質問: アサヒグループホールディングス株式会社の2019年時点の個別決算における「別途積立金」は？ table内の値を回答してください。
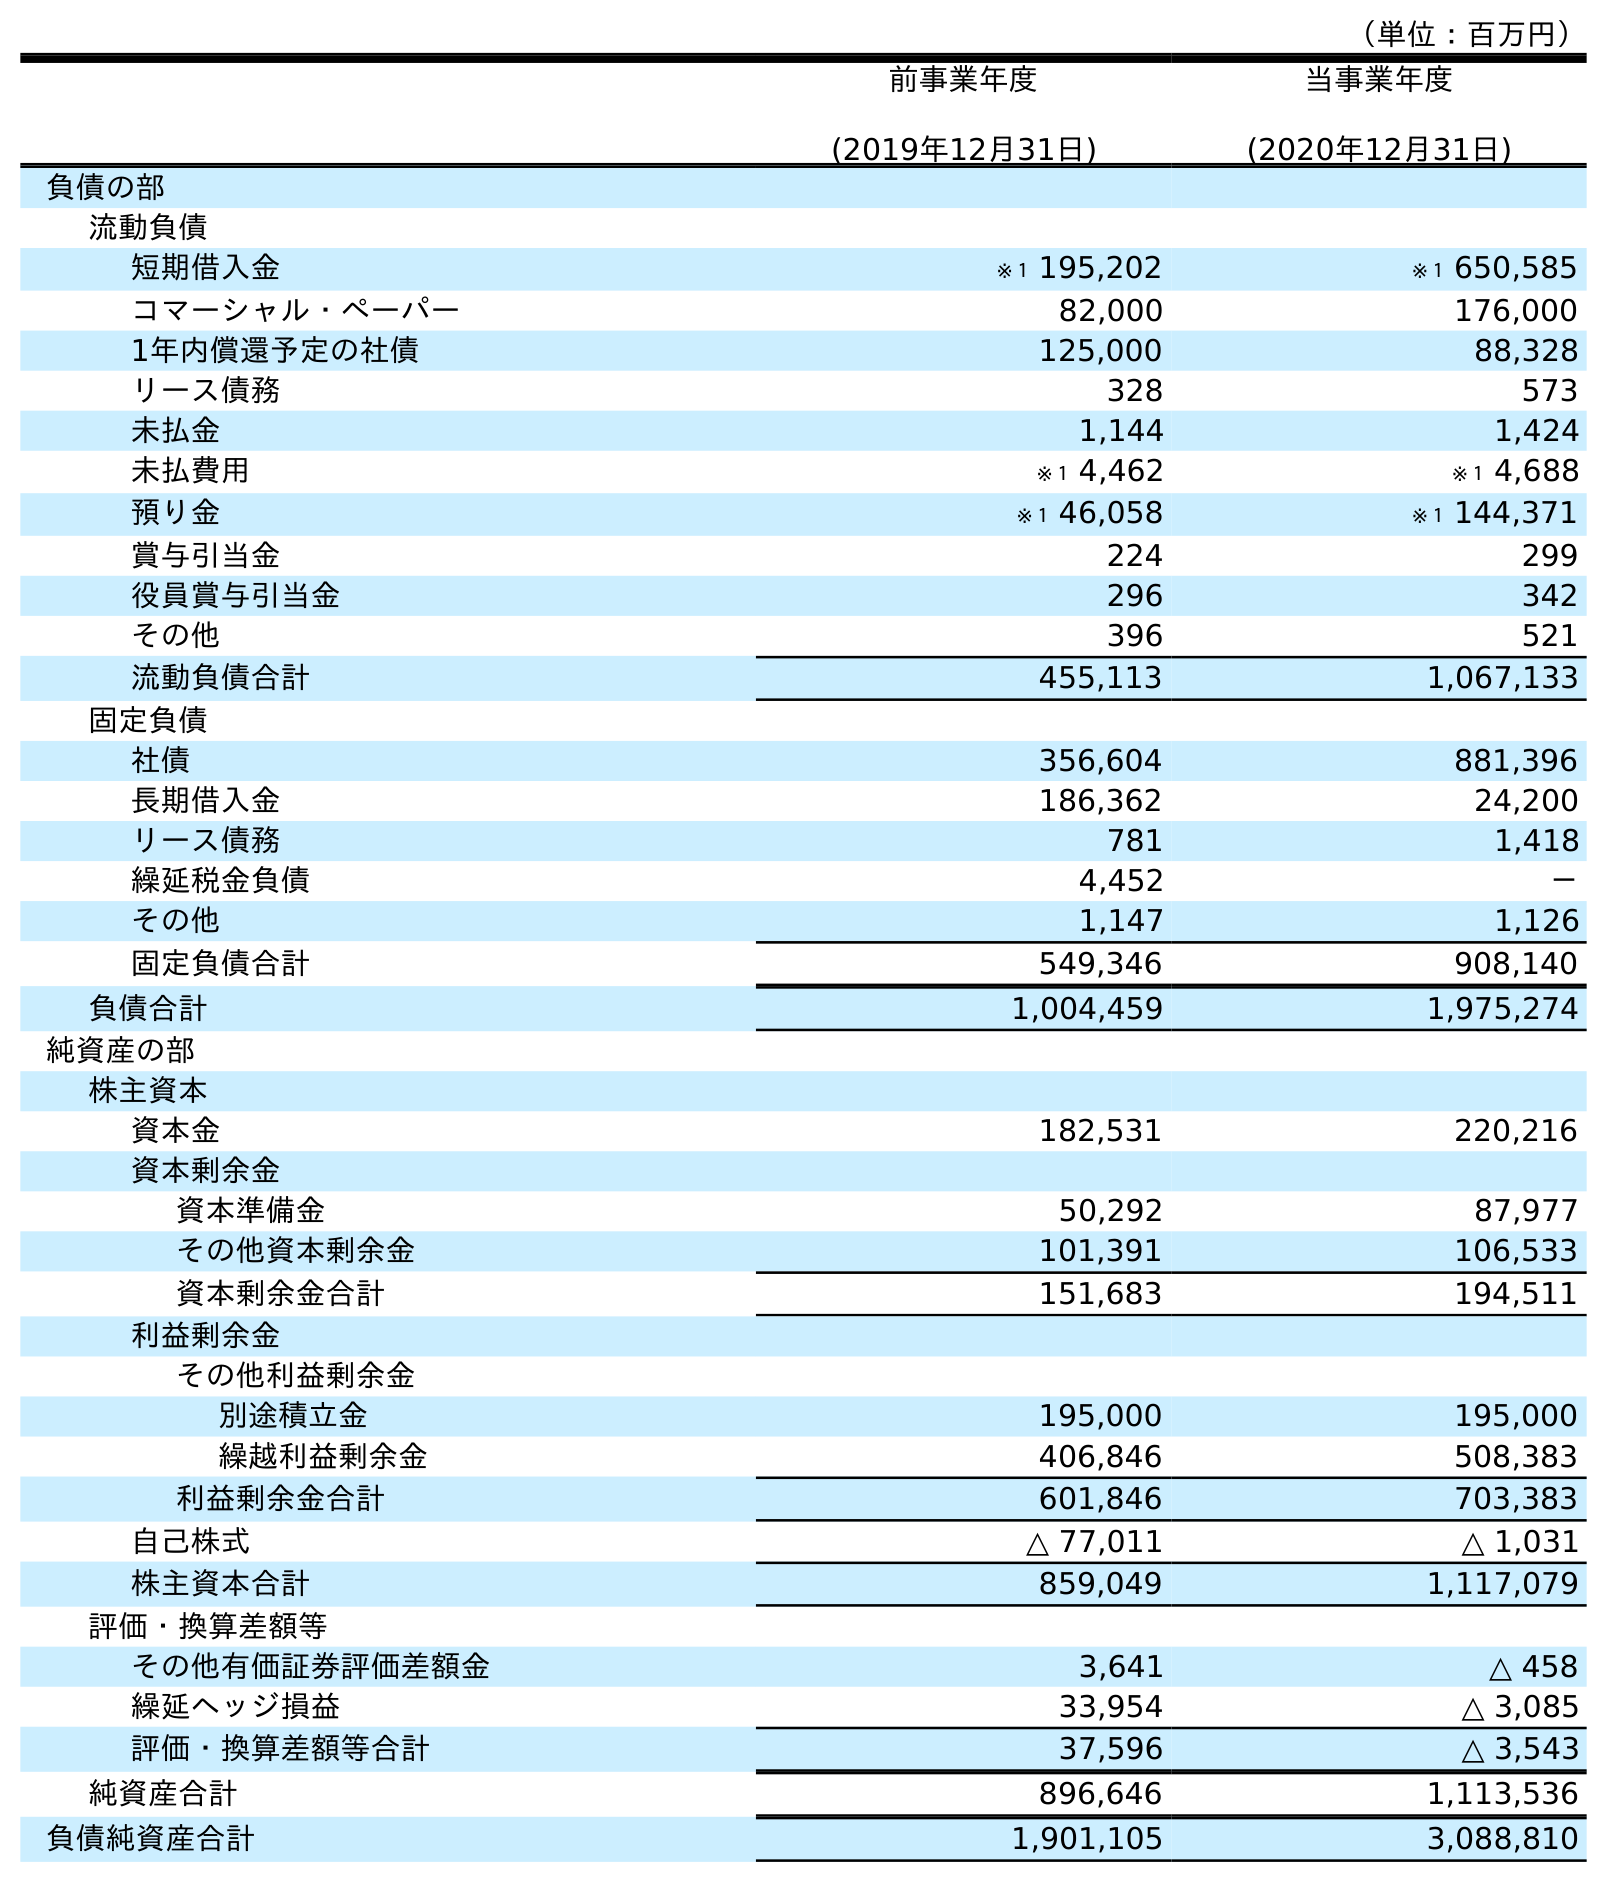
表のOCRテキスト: （単位：百万円） 前事業年度 (2019年12月31日) 当事業年度 (2020年12月31日) 負債の部 流動負債 短期借入金 ※１ 195,202 ※１ 650,585 コマーシャル・ペーパー 82,000 176,000 1年内償還予定の社債 125,000 88,328 リース債務 328 573 未払金 1,144 1,424 未払費用 ※１ 4,462 ※１ 4,688 預り金 ※１ 46,058 ※１ 144,371 賞与引当金 224 299 役員賞与引当金 296 342 その他 396 521 流動負債合計 455,113 1,067,133 固定負債 社債 356,604 881,396 長期借入金 186,362 24,200 リース債務 781 1,418 繰延税金負債 4,452 － その他 1,147 1,126 固定負債合計 549,346 908,140 負債合計 1,004,459 1,975,274 純資産の部 株主資本 資本金 182,531 220,216 資本剰余金 資本準備金 50,292 87,977 その他資本剰余金 101,391 106,533 資本剰余金合計 151,683 194,511 利益剰余金 その他利益剰余金 別途積立金 195,000 195,000 繰越利益剰余金 406,846 508,383 利益剰余金合計 601,846 703,383 自己株式 △ 77,011 △ 1,031 株主資本合計 859,049 1,117,079 評価・換算差額等 その他有価証券評価差額金 3,641 △ 458 繰延ヘッジ損益 33,954 △ 3,085 評価・換算差額等合計 37,596 △ 3,543 純資産合計 896,646 1,113,536 負債純資産合計 1,901,105 3,088,810
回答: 195,000